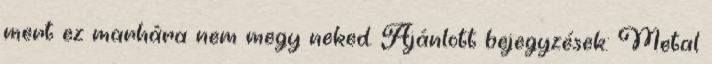
mert ez marhára nem megy neked. Ajánlott bejegyzések: Metal